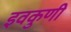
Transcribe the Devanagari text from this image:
इवकुणी